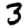
Digit: 3